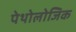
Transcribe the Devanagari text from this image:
पेथोलोजिक